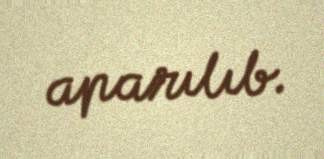
aparılıb.